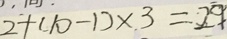
2 + ( 1 0 - 1 ) \times 3 = 2 9